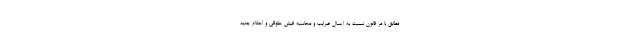
مطابق با مر قانون نسبت به اعمال ضرایب و محاسبه فیش حقوقی و احکام جدید